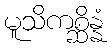
မူသိကစ္ဆိန္နံ